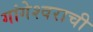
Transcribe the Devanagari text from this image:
गांगेश्वराची